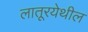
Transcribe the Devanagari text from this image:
लातूरयेथील